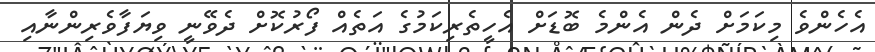
އެހެންވެ މިކަމަށް ދެން އެންމެ ބޮޑަށް އެހީތެރިކަމުގެ އަތެއް ފޯރުކޮށް ދެވޭނީ ވިޔަފާވެރިންނާއި